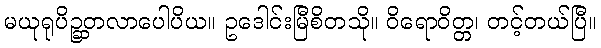
မယုရုပိဉ္ဆတလာပေါပိယ။ ဥဒေါင်းမြီစိတသို။ ဝိရောဝိတ္တ၊ တင့်တယ်ပြီ။